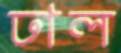
ঢাল